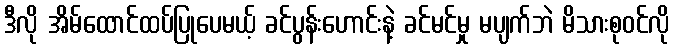
ဒီလို အိမ်ထောင်ထပ်ပြုပေမယ့် ခင်ပွန်းဟောင်းနဲ့ ခင်မင်မှု မပျက်ဘဲ မိသားစုဝင်လို